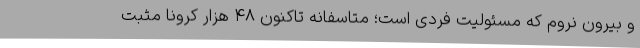
و بیرون نروم که مسئولیت فردی است؛ متاسفانه تاکنون ۴۸ هزار کرونا مثبت